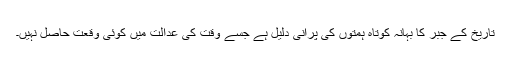
تاریخ کے جبر کا بہانہ کوتاہ ہمتوں کی پرانی دلیل ہے جسے وقت کی عدالت میں کوئی وقعت حاصل نہیں۔